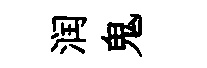
润鬼